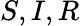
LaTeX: S,I,R